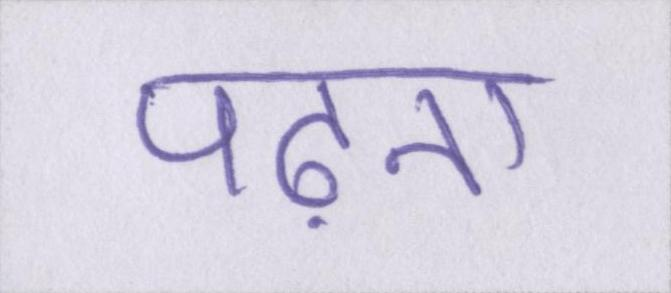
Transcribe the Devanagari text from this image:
पढ़ना